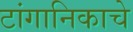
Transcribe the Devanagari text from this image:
टांगानिकाचे